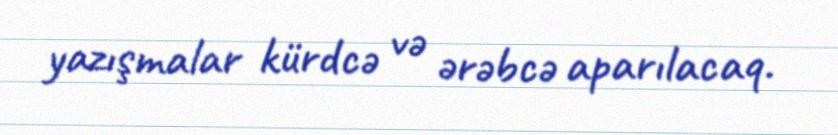
yazışmalar kürdcə və ərəbcə aparılacaq.